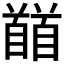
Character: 𩠬